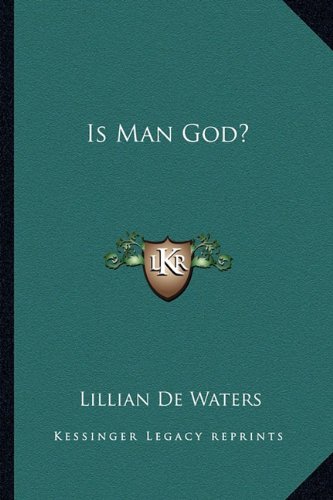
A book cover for Is Man God?; Lillian De Waters; Christian Books & Bibles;